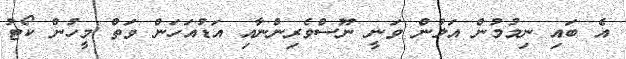
އެ ބައި ނިމުމުން އަލުން ވަނީ ނޫސްވެރިންނާއި އަޑުއަހަން ވަތް މީހުން ކޯޓު